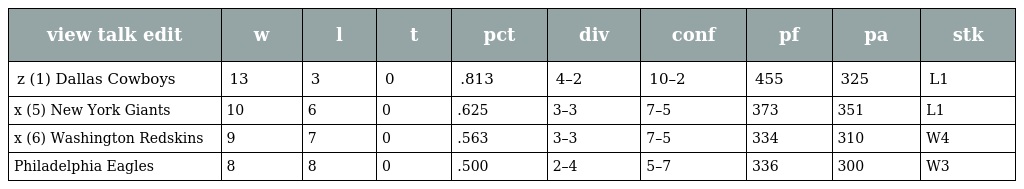
| view talk edit | w | l | t | pct | div | conf | pf | pa | stk |
 | --- | --- | --- | --- | --- | --- | --- | --- | --- | --- |
 | z (1) Dallas Cowboys | 13 | 3 | 0 | .813 | 4–2 | 10–2 | 455 | 325 | L1 |
 | x (5) New York Giants | 10 | 6 | 0 | .625 | 3–3 | 7–5 | 373 | 351 | L1 |
 | x (6) Washington Redskins | 9 | 7 | 0 | .563 | 3–3 | 7–5 | 334 | 310 | W4 |
 | Philadelphia Eagles | 8 | 8 | 0 | .500 | 2–4 | 5–7 | 336 | 300 | W3 |